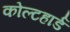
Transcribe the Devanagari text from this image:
कोल्टहार्ड